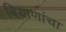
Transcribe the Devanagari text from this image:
बियाणांचा